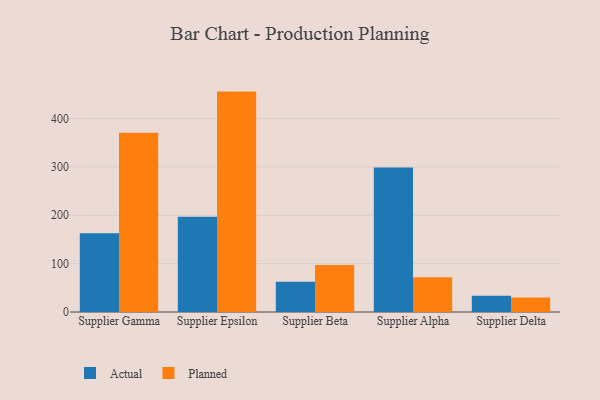
{"axis": {"x": "Supplier", "y": "Latency (ms)"}, "legend": ["Actual", "Planned"], "data": [{"x": "Supplier Gamma", "y": 162.8, "type": "Actual"}, {"x": "Supplier Gamma", "y": 370.8, "type": "Planned"}, {"x": "Supplier Epsilon", "y": 196.9, "type": "Actual"}, {"x": "Supplier Epsilon", "y": 455.8, "type": "Planned"}, {"x": "Supplier Beta", "y": 62.7, "type": "Actual"}, {"x": "Supplier Beta", "y": 97.4, "type": "Planned"}, {"x": "Supplier Alpha", "y": 298.8, "type": "Actual"}, {"x": "Supplier Alpha", "y": 72.0, "type": "Planned"}, {"x": "Supplier Delta", "y": 33.8, "type": "Actual"}, {"x": "Supplier Delta", "y": 30.0, "type": "Planned"}]}